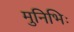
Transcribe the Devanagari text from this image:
मुनिभिः